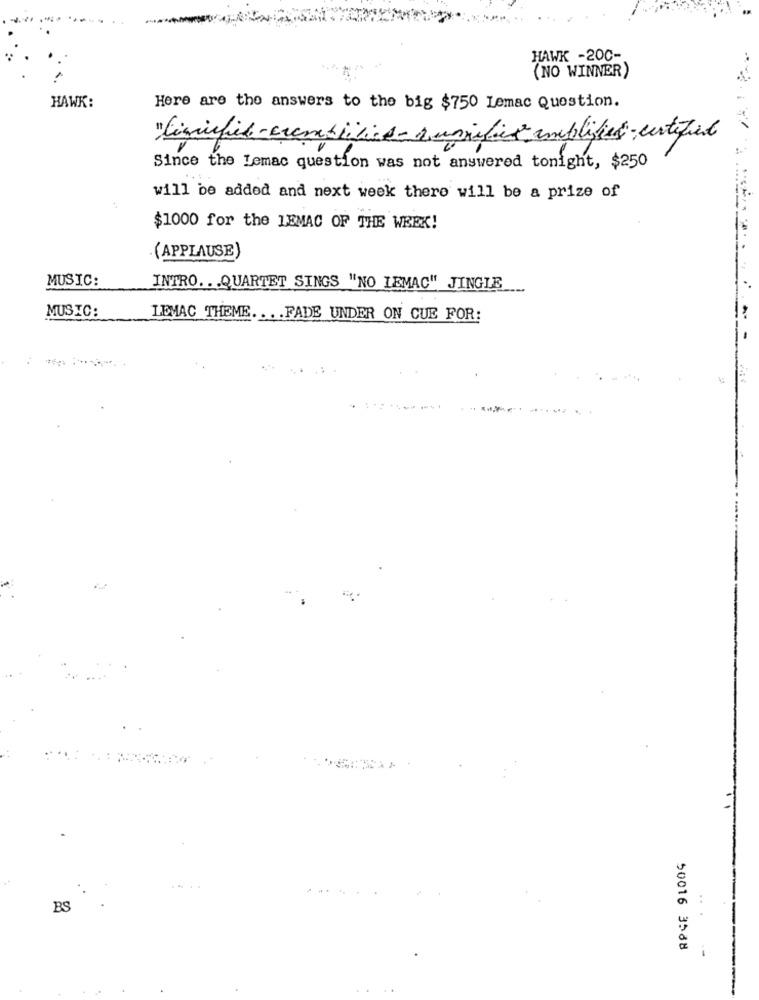
HAWK -200-
(NO WINNER)
HAWK:
Here are the answers to the big $750 Lemac Question.
"Liquified -cremebiotics- a unified amplifies -certified
Since the Lemac question was not answered tonight, $250
will be added and next week there will be a prize of
$1000 for the LEMAC OF THE WEEK!
(APPLAUSE)
MUSIC:
INTRO ... QUARTET SINGS "NO LEMAC" JINGIE
MUSIC:
LEMAC THEME .... FADE UNDER ON CUE FOR:
.....
BS
50016 3588
.